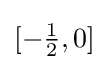
{\textstyle [-{\frac {1}{2}},0]}